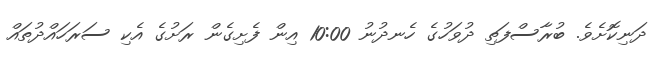
ދަނިކޮށެވެ. ބުރާސްފަތި ދުވަހުގެ ހެނދުނު 10:00 އިން ފެށިގެން ރަށުގެ އެކި ސަރަހައްދުތައް